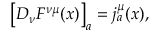
\bigl [ D _ { \nu } F ^ { \nu \mu } ( x ) \bigr ] _ { a } = j _ { a } ^ { \mu } ( x ) ,